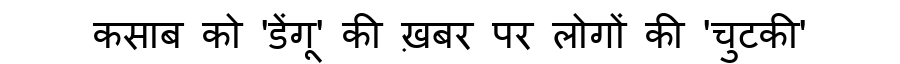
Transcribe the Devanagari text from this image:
कसाब को 'डेंगू' की ख़बर पर लोगों की 'चुटकी'